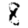
Digit: 8